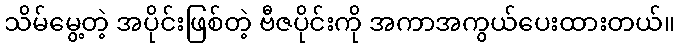
သိမ်မွေ့တဲ့ အပိုင်းဖြစ်တဲ့ ဗီဇပိုင်းကို အကာအကွယ်ပေးထားတယ်။